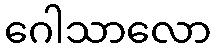
ဂေါသာလော